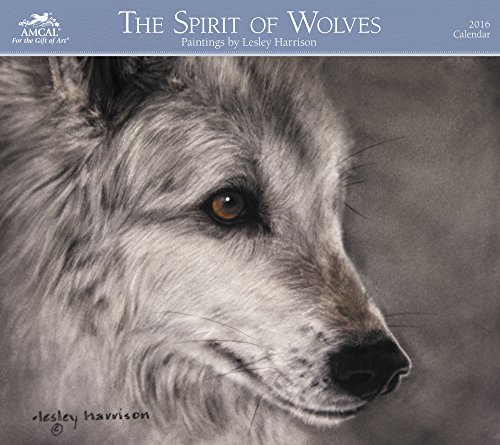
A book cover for Lesley Harrison - The Spirit of Wolves Wall Calendar (2016); AMCAL; Calendars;